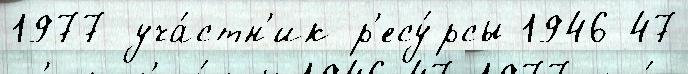
1977 уча́стн'ик р'есу́рсы 1946-47